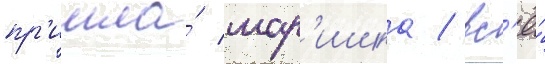
пр'ишла́ мар'ишка / вс'ё́